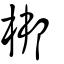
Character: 梆